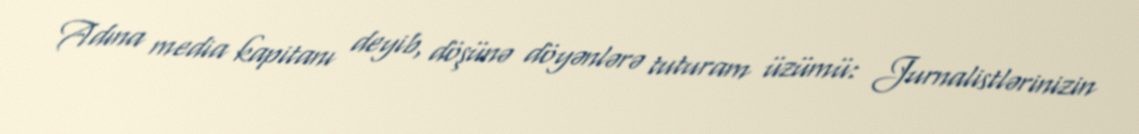
Adına media kapitanı deyib, döşünə döyənlərə tuturam üzümü: Jurnalistlərinizin